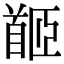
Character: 𩠛